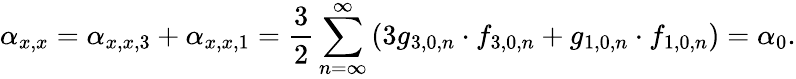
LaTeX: \displaystyle\alpha_{x,x}=\alpha_{x,x,3}+\alpha_{x,x,1}=\frac{3}{2}\sum_{n=\infty}^{\infty}\left(3g_{3,0,n}\cdot f_{3,0,n}+g_{1,0,n}\cdot f_{1,0,n}\right)=\alpha_{0}.